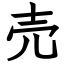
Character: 売